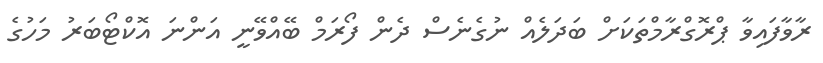
ރާވާފައިވާ ޕްރޮގްރާމްތަކަށް ބަދަލެއް ނުގެނެސް ދެން ފޯރަމް ބޭއްވޭނީ އަންނަ އޮކްޓޯބަރު މަހުގެ